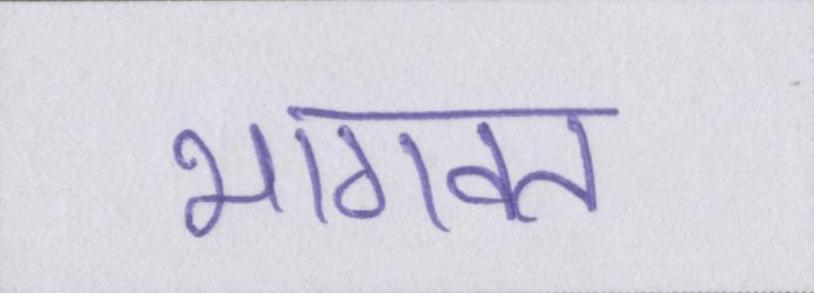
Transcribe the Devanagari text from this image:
भागवत